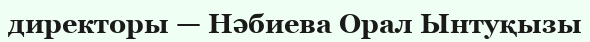
директоры — Нәбиева Орал Ынтуқызы